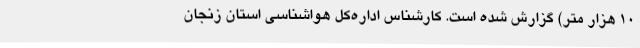
10 هزار متر) گزارش شده است. کارشناس اداره‌کل هواشناسی استان زنجان